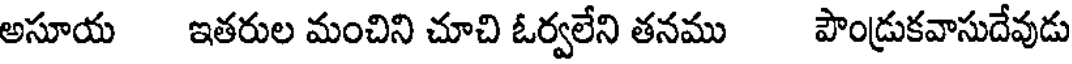
అసూయ ఇతరుల మంచిని చూచి ఓర్వలేని తనము పౌండ్రుకవాసుదేవుడు